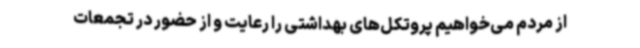
از مردم می‌خواهیم پروتکل‌های بهداشتی را رعایت و از حضور در تجمعات